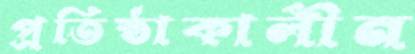
প্রতিষ্ঠাকালীন